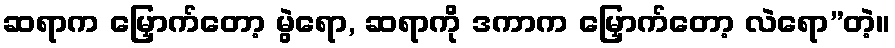
ဆရာက မြှောက်တော့ မွဲရော, ဆရာကို ဒကာက မြှောက်တော့ လဲရော”တဲ့။